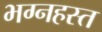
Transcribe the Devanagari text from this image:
भग्नहस्त